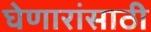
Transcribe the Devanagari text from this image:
घेणारांसाठी